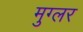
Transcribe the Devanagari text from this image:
मुग्लर